Document type: Sale
Year: 1326
Scribe: Bartomeu Marc
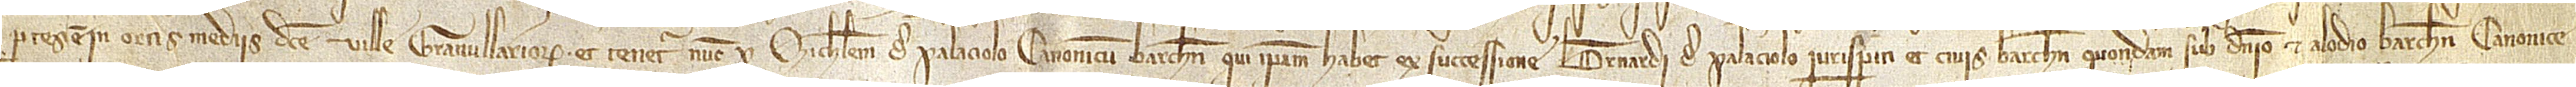
partes est in ortis mediis dicte ville Granullariorum, et tenetur nunc per Michaelem de Palaciolo, canonicum Barchinone, qui ipsam habet et successione Bernardi de Palaciolo, iurisperiti et civis Barchinone, quondam, sub dominio et alodio Barchinone canonice